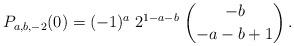
LaTeX: \begin{align*} P_{a,b,-2}(0)=(-1)^a \; 2^{1-a-b} \;\binom{-b}{-a-b+1}\,.\end{align*}